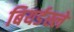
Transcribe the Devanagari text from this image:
बियर्डस्ले